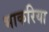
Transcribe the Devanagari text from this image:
भाकरिया